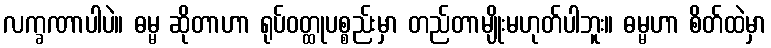
လက္ခဏာပါပဲ။ ဓမ္မ ဆိုတာဟာ ရုပ်ဝတ္ထုပစ္စည်းမှာ တည်တာမျိုးမဟုတ်ပါဘူး။ ဓမ္မဟာ စိတ်ထဲမှာ